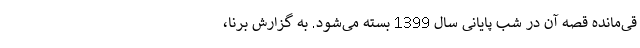
قی‌مانده قصه آن در شب پایانی سال 1399 بسته می‌شود. به گزارش برنا،